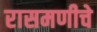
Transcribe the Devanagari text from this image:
रासमणीचे